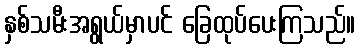
နှစ်သမီးအရွယ်မှာပင် ခြေထုပ်ပေးကြသည်။